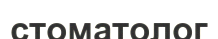
стоматолог